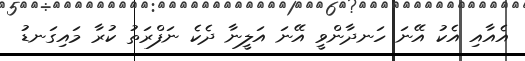
އެއާއި އެކު އޭނަ ހަނދާންވީ އޭނަ އަލީނާ ދެކެ ނަފްރަތު ކުރާ މައިގަނޑު